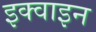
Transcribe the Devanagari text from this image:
इक्वाइन